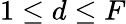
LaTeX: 1\leq d\leq F